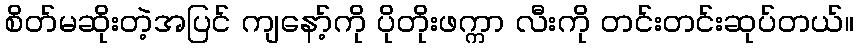
စိတ်မဆိုးတဲ့အပြင် ကျနော့်ကို ပိုတိုးဖက္ကာ လီးကို တင်းတင်းဆုပ်တယ်။